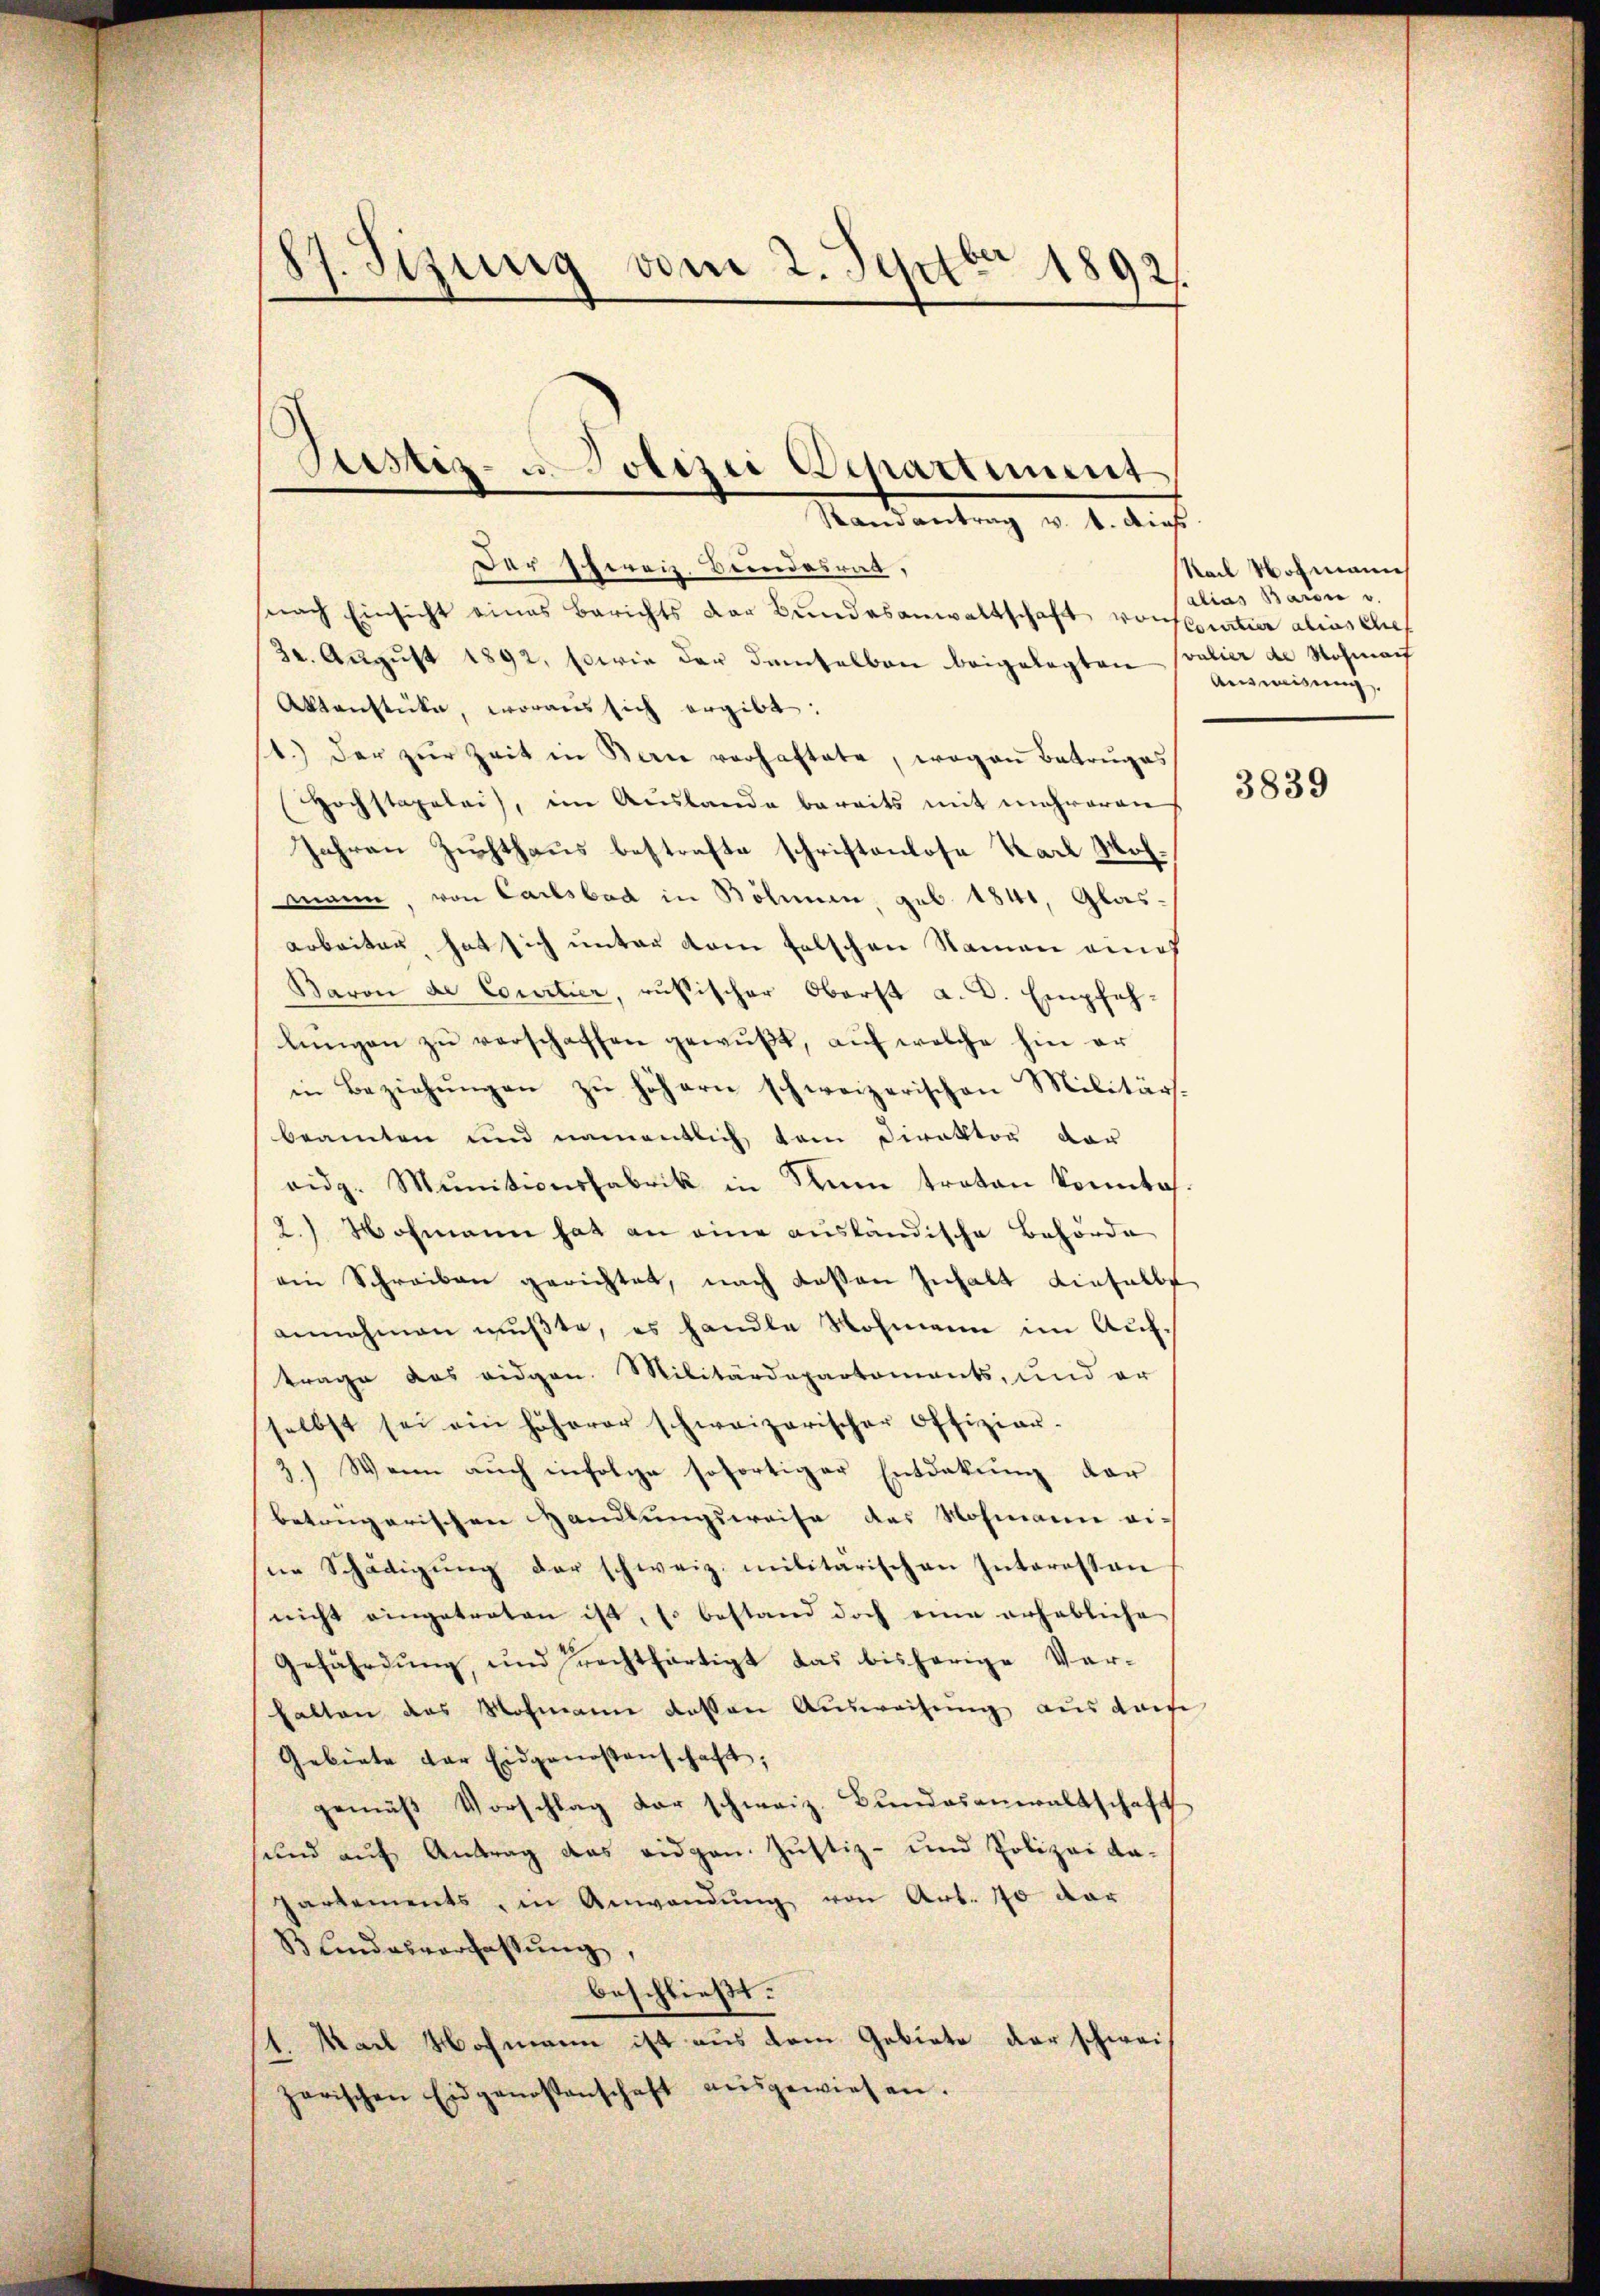
87. Sizung vom 2. Septbr 1892

Justiz- u. Polizei Departiment
Randantrag v. 4. dies

Der Schweiz. Bundesrat,
snach Einsicht eines Berichts der Bŭndesanwaltschaft vorstratier alius Chef
32. August 1892, sowie der damselben beigelegten Coulier de Nochmach
Aktenstücke, woraus sich ergibt:
1.) Der zur Zeit in Bern verhaftete, wogen Betruges
Hochstagelei, im Auslande bereits mit mehreren
Jahren Zuchthaus bestrafte schriftenlose Karl Mohmmann, von Carlsbad in Böhmen, geb. 1841, Glasarbeiter hat sich unter dem falschen Namen einf
Baron de Courtier, rusischer Oberst a. D. Empfehlŭngen zŭ verschaffen gewŭβt, aŭf welche hin er
in Beziehŭngen zŭ höhern schweizerischen Militärs-
beamten und namentlich kam Direktor der
oidg. Munitionsfabrik in Kann traten konnte.
2.) Wohmann hat an eine ausländische Behörde
ein Schreiben gerichtet, nach dassen Inhalt einfalls
annahmen mußte, es handle Wohmann im Auftrage das eidgen. Militärdepartements, und er
selbst sei ein höherer schweizerischer Offizier-
3.) Wenn auch infolge sofortiger Entdekung der
betrügerischen Handlungsweise des Rohmann ei-
ne Schädigung der schweiz. militärischen Interessan
nicht eingetreten ist, so bestand doch eine erhebliche
Gefährdung, und rechtfertigt das bisherige Verhalten das Nochmann dessen Ausweisung aus darfe
Gebiete der Eidgenossenschaft,
gemäβ Vorschlag der schweiz. Bundesanwaltschaft
sund auf Antrag das eidgen. Justiz- und Polizei dapartements in Anwendŭng von Art. 10 dar
B Lindesverfassung,
beschließt:
1. Nach Hochmann ist aus dem Gebiete der schweizorischen Eidgenossenschaft aŭsgewiesen.

Nach Wohmann
alias Baron v.
Ausweisung.

3839